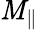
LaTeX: \mathit{M}_{\parallel}